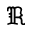
\Re